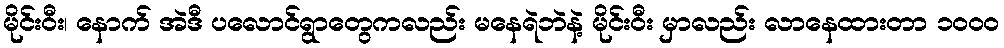
မိုင်းဝီး၊ နောက် အဲဒီ ပလောင်ရွာတွေကလည်း မနေရဲဘဲနဲ့ မိုင်းဝီး မှာလည်း လာနေထားတာ ၁၀၀၀